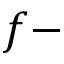
f -